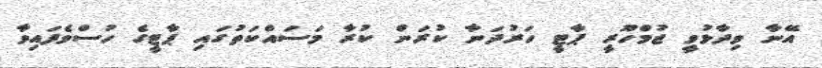
އޭނާ ވިދާޅުވީ ޖުމްހޫރީ ޕާޓީ ހަރުދަނާ ކުރަން ކުރާ މަސައްކަތުގައި ޕާޓީގެ ހުސްވެފައިވާ